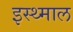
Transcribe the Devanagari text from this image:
इस्थ्माल